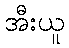
အီးယူ